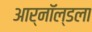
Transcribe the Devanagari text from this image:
आर्नॉल्डला